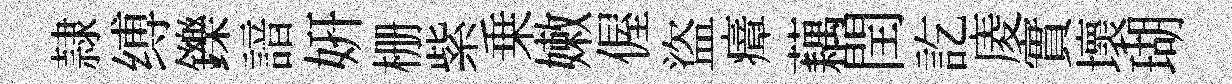
隷缚鑠諳妍栅紫乗嫩偓盜瘴藕閏訖庱實壞瑚